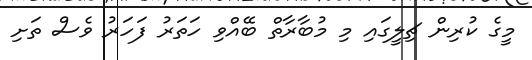
މީގެ ކުރިން ޗިލީގައި މި މުބާރާތް ބޭއްވި ހަތަރު ފަހަރު ވެސް ތަށި